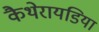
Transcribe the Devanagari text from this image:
कैथेरायडिया